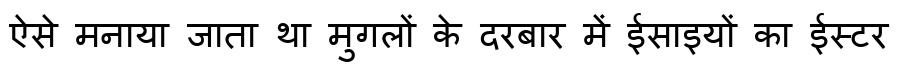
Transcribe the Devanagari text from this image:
ऐसे मनाया जाता था मुगलों के दरबार में ईसाइयों का ईस्टर